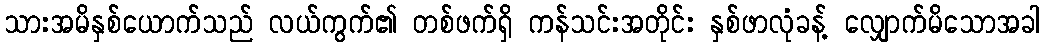
သားအမိနှစ်ယောက်သည် လယ်ကွက်၏ တစ်ဖက်ရှိ ကန်သင်းအတိုင်း နှစ်ဖာလုံခန့် လျှောက်မိသောအခါ